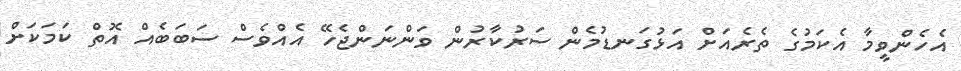
އެހެންވީމާ އެކަމުގެ ތެރެއަށް އަޅުގަނޑުމެން ސަރުކާރުން ވަންނަންޖެހޭ އެއްވެސް ސަބަބެއް އޮތް ކަމަކަށް